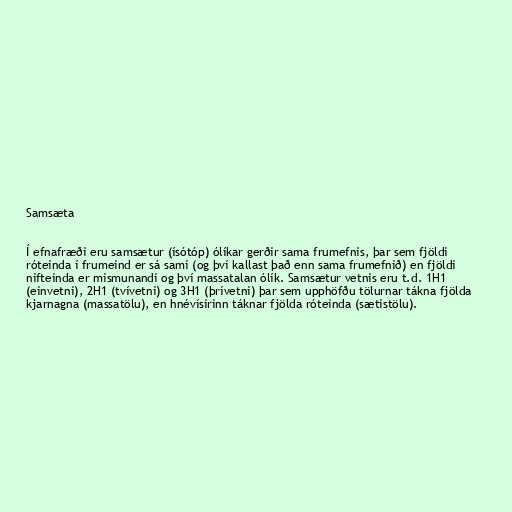
Samsæta

Í efnafræði eru samsætur (ísótóp) ólíkar gerðir sama frumefnis, þar sem fjöldi
róteinda í frumeind er sá sami (og því kallast það enn sama frumefnið) en fjöldi
nifteinda er mismunandi og því massatalan ólík. Samsætur vetnis eru t.d. 1H1
(einvetni), 2H1 (tvívetni) og 3H1 (þrívetni) þar sem upphöfðu tölurnar tákna fjölda
kjarnagna (massatölu), en hnévísirinn táknar fjölda róteinda (sætistölu).